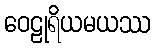
ဝေဠုရိယမယဿ